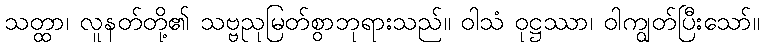
သတ္ထာ၊ လူနတ်တို့၏ သဗ္ဗညုမြတ်စွာဘုရားသည်။ ဝါသံ ဝုဋ္ဌဿာ၊ ဝါကျွတ်ပြီးသော်။